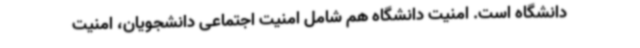
دانشگاه است. امنیت دانشگاه هم شامل امنیت اجتماعی دانشجویان، امنیت